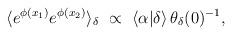
LaTeX: \begin{align*}\langle e^{\phi(x_1)}e^{\phi(x_2)}\rangle_{\delta}~\propto~\langle\alpha|\delta\rangle\,\theta_{\delta}(0)^{-1},\end{align*}